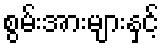
စွမ်းအားများနှင့်